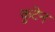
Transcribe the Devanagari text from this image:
कुटेन